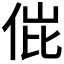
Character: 𬾌